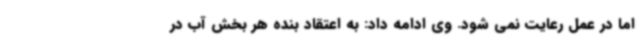
اما در عمل رعایت نمی شود. وی ادامه داد: به اعتقاد بنده هر بخش آب در